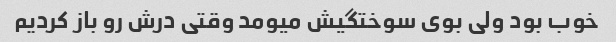
خوب بود ولی بوی سوختگیش میومد وقتی درش رو باز کردیم